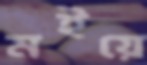
মইয়ে